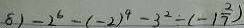
8 1 - 2 ^ { 6 } - ( - 2 ) ^ { 4 } - 3 ^ { 2 } - ( - 1 \frac { 2 } { 7 } )